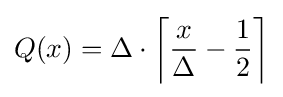
Q(x)=\Delta \cdot \left\lceil {\frac {x}{\Delta }}-{\frac {1}{2}}\right\rceil